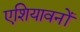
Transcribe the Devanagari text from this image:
एशियावनों